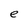
Character: e